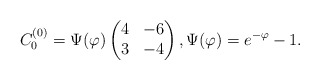
\begin{align*}{ C_{0}^{(0)}} =\Psi(\varphi)\begin{pmatrix}4 & -6 \cr3 & -4\end{pmatrix},\Psi(\varphi)= e^{- \varphi} - 1.\end{align*}